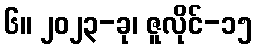
၆။ ၂၀၂၃-ခု၊ ဇူလိုင်-၁၅